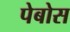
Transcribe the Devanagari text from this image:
पेबोस